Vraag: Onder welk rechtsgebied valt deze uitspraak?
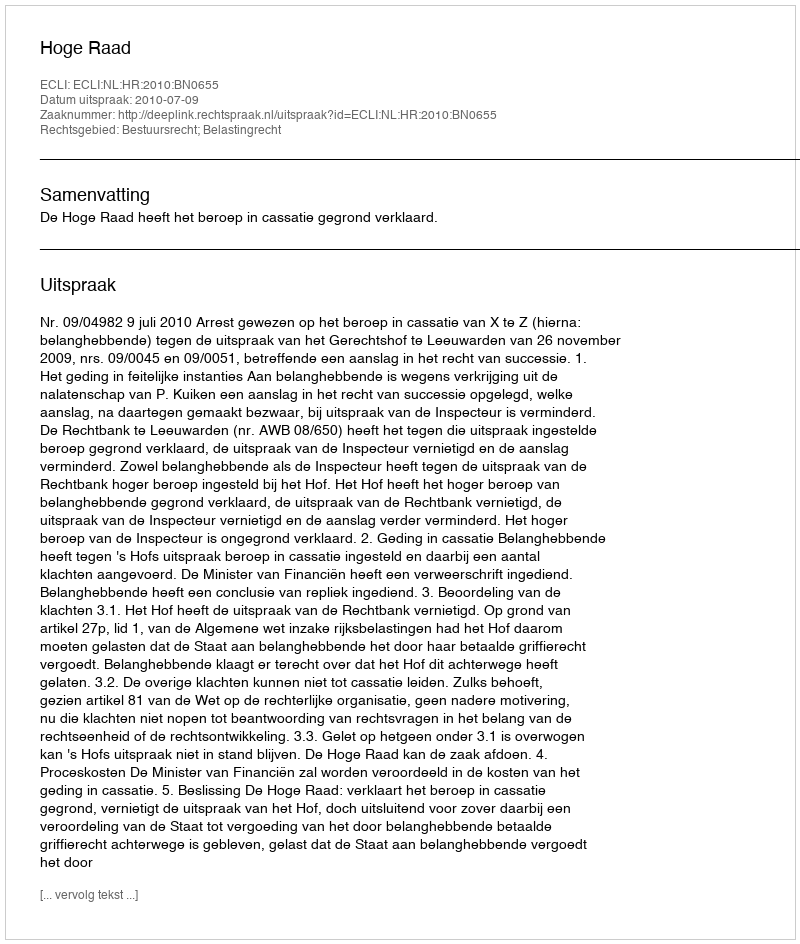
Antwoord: Bestuursrecht; Belastingrecht